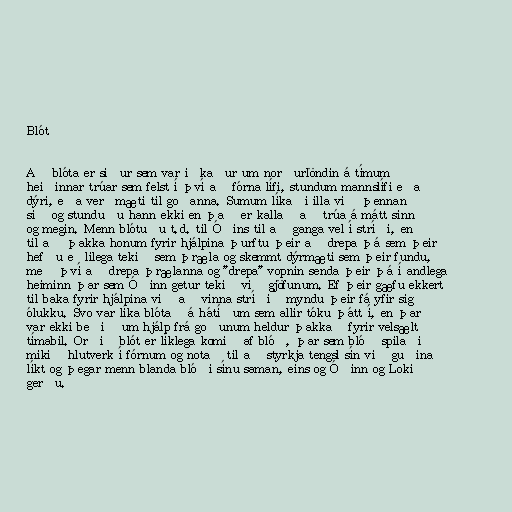
Blót

Að blóta er siður sem var iðkaður um norðurlöndin á tímum
heiðinnar trúar sem felst í því að fórna lífi, stundum mannslífi eða
dýri, eða verðmæti til goðanna. Sumum líkaði illa við þennan
sið og stunduðu hann ekki en það er kallað að trúa á mátt sinn
og megin. Menn blótuðu t.d. til Óðins til að ganga vel í stríði, en
til að þakka honum fyrir hjálpina þurftu þeir að drepa þá sem þeir
hefðu eðlilega tekið sem þræla og skemmt dýrmæti sem þeir fundu,
með því að drepa þrælanna og "drepa" vopnin senda þeir þá í andlega
heiminn þar sem Óðinn getur tekið við gjöfunum. Ef þeir gæfu ekkert
til baka fyrir hjálpina við að vinna stríðið myndu þeir fá yfir sig
ólukku. Svo var líka blótað á hátíðum sem allir tóku þátt í, en þar
var ekki beðið um hjálp frá goðunum heldur þakkað fyrir velsælt
tímabil. Orðið blót er líklega komið af blóð, þar sem blóð spilaði
mikið hlutverk í fórnum og notað til að styrkja tengsl sín við guðina
líkt og þegar menn blanda blóði sínu saman, eins og Óðinn og Loki
gerðu.